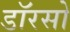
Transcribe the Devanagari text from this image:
डॉरसो